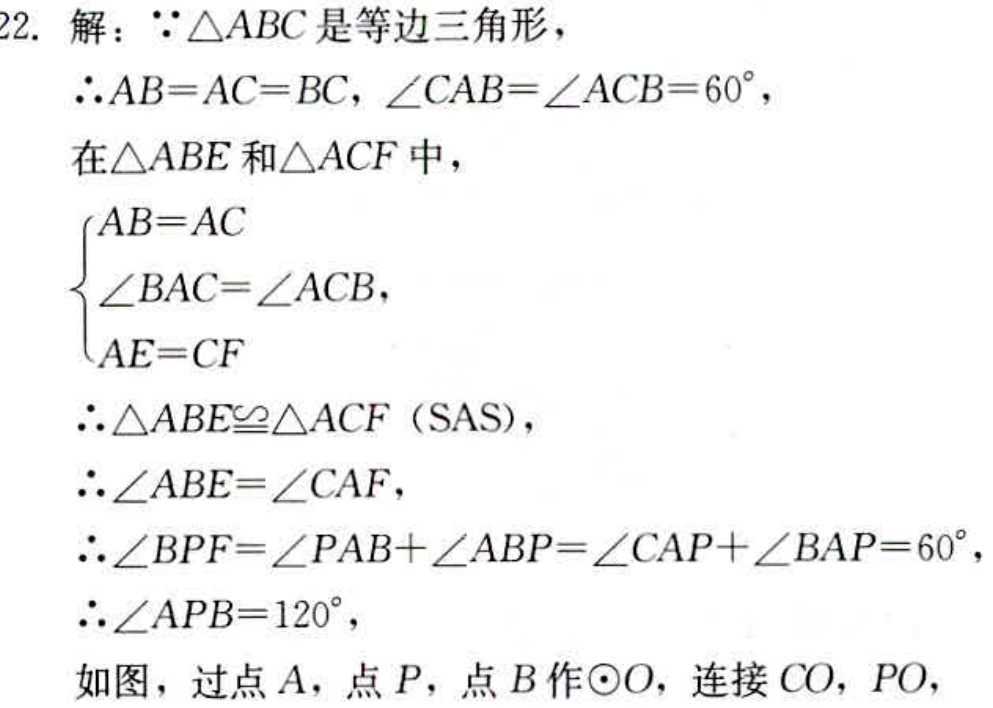
22. 解：$\because\triangle ABC$是等边三角形，
$\therefore AB = AC = BC,\angle CAB=\angle ACB = 60^{\circ}$，
在$\triangle ABE$和$\triangle ACF$中，
$\begin{cases}
AB = AC\\
\angle BAC=\angle ACB,\\
AE = CF
\end{cases}$
$\therefore\triangle ABE\cong\triangle ACF$（SAS），
$\therefore\angle ABE=\angle CAF$，
$\therefore\angle BPF=\angle PAB+\angle ABP=\angle CAP+\angle BAP = 60^{\circ}$，
$\therefore\angle APB = 120^{\circ}$，
如图，过点$A$，点$P$，点$B$作$\odot O$，连接$CO$，$PO$，